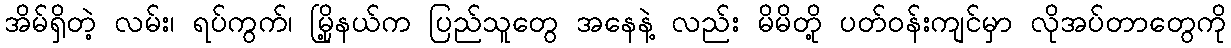
အိမ်ရှိတဲ့ လမ်း၊ ရပ်ကွက်၊ မြို့နယ်က ပြည်သူတွေ အနေနဲ့ လည်း မိမိတို့ ပတ်ဝန်းကျင်မှာ လိုအပ်တာတွေကို